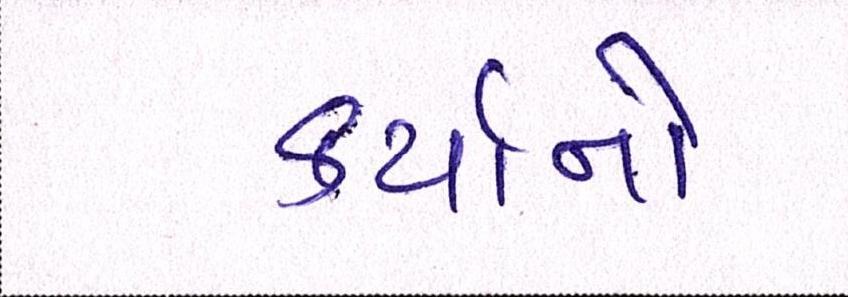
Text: કર્યાનો